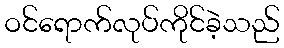
ဝင်ရောက်လုပ်ကိုင်ခဲ့သည်